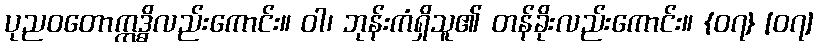
ပုညဝတောဣဒ္ဓိလည်းကောင်း။ ဝါ၊ ဘုန်းကံရှိသူ၏ တန်ခိုးလည်းကောင်း။ {၀၇} [၀၇]